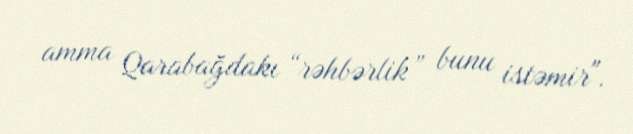
amma Qarabağdakı “rəhbərlik” bunu istəmir".